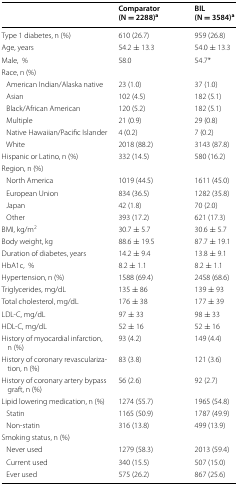
<table><thead><tr><td></td><td><b>Comparator (N = 2288)<sup>a</sup></b></td><td><b>BIL (N = 3584)<sup>a</sup></b></td></tr></thead><tbody><tr><td>Type 1 diabetes, n (%)</td><td>610 (26.7)</td><td>959 (26.8)</td></tr><tr><td>Age, years</td><td>54.2 ± 13.3</td><td>54.0 ± 13.3</td></tr><tr><td>Male,%</td><td>58.0</td><td>54.7*</td></tr><tr><td colspan="3">Race, n (%)</td></tr><tr><td> American Indian/Alaska native</td><td>23 (1.0)</td><td>37 (1.0)</td></tr><tr><td> Asian</td><td>102 (4.5)</td><td>182 (5.1)</td></tr><tr><td> Black/African American</td><td>120 (5.2)</td><td>182 (5.1)</td></tr><tr><td> Multiple</td><td>21 (0.9)</td><td>29 (0.8)</td></tr><tr><td> Native Hawaiian/Pacific Islander</td><td>4 (0.2)</td><td>7 (0.2)</td></tr><tr><td> White</td><td>2018 (88.2)</td><td>3143 (87.8)</td></tr><tr><td>Hispanic or Latino, n (%)</td><td>332 (14.5)</td><td>580 (16.2)</td></tr><tr><td colspan="3">Region, n (%)</td></tr><tr><td> North America</td><td>1019 (44.5)</td><td>1611 (45.0)</td></tr><tr><td> European Union</td><td>834 (36.5)</td><td>1282 (35.8)</td></tr><tr><td> Japan</td><td>42 (1.8)</td><td>70 (2.0)</td></tr><tr><td> Other</td><td>393 (17.2)</td><td>621 (17.3)</td></tr><tr><td>BMI, kg/m<sup>2</sup></td><td>30.7 ± 5.7</td><td>30.6 ± 5.7</td></tr><tr><td>Body weight, kg</td><td>88.6 ± 19.5</td><td>87.7 ± 19.1</td></tr><tr><td>Duration of diabetes, years</td><td>14.2 ± 9.4</td><td>13.8 ± 9.1</td></tr><tr><td>HbA1c,%</td><td>8.2 ± 1.1</td><td>8.2 ± 1.1</td></tr><tr><td>Hypertension, n (%)</td><td>1588 (69.4)</td><td>2458 (68.6)</td></tr><tr><td>Triglycerides, mg/dL</td><td>135 ± 86</td><td>139 ± 93</td></tr><tr><td>Total cholesterol, mg/dL</td><td>176 ± 38</td><td>177 ± 39</td></tr><tr><td>LDL-C, mg/dL</td><td>97 ± 33</td><td>98 ± 33</td></tr><tr><td>HDL-C, mg/dL</td><td>52 ± 16</td><td>52 ± 16</td></tr><tr><td>History of myocardial infarction, n (%)</td><td>93 (4.2)</td><td>149 (4.4)</td></tr><tr><td>History of coronary revascularization, n (%)</td><td>83 (3.8)</td><td>121 (3.6)</td></tr><tr><td>History of coronary artery bypass graft, n (%)</td><td>56 (2.6)</td><td>92 (2.7)</td></tr><tr><td>Lipid lowering medication, n (%)</td><td>1274 (55.7)</td><td>1965 (54.8)</td></tr><tr><td> Statin</td><td>1165 (50.9)</td><td>1787 (49.9)</td></tr><tr><td> Non-statin</td><td>316 (13.8)</td><td>499 (13.9)</td></tr><tr><td colspan="3">Smoking status, n (%)</td></tr><tr><td> Never used</td><td>1279 (58.3)</td><td>2013 (59.4)</td></tr><tr><td> Current used</td><td>340 (15.5)</td><td>507 (15.0)</td></tr><tr><td> Ever used</td><td>575 (26.2)</td><td>867 (25.6)</td></tr></tbody></table>